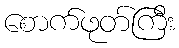
စောက်ဖုတ်ကြီး